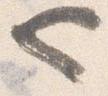
也